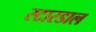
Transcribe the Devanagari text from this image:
स्टारडाल